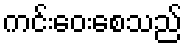
ကင်းဝေးစေသည်